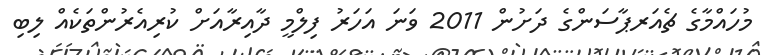
މުހައްމާގެ ޗެއަރޕާސަންގެ ދަށުން 2011 ވަނަ އަހަރު ފިލްމީ ދާއިރާއަށް ކުރިއެރުންތަކެއް ލިބި